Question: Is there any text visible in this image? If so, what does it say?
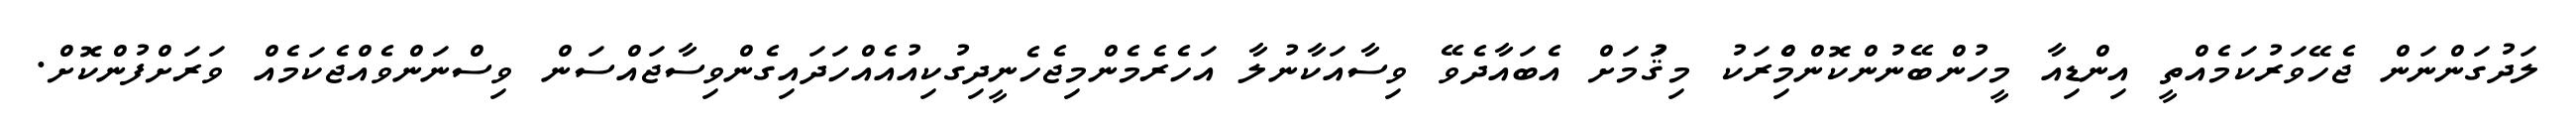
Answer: ލަދުގަންނަން ޖެހޭވަރުކަމެއްތީ އިންޑިއާ މީހުންބޭނުންކޮންމެްިރަކު މިޤަުމަށް އެބައާދެވޭ ވިސާއަކާނުލާ އަހެރެމެންމިޖެހެނީދިގުކިއުއެއްހަދައިގެންވިސާޖައްސަން ވިސްނަންވެއްޖެކަމެއް ވަރަށްފުންކޮށް.